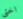
اختى